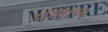
વશાળ